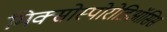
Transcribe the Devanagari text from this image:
मिक्सोस्पोरोडिऑसिस